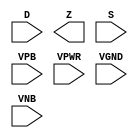
module sky130_fd_sc_hdll__muxb16to1 (
    //# {{data|Data Signals}}
    input  [15:0] D   ,
    output        Z   ,

    //# {{control|Control Signals}}
    input  [15:0] S   ,

    //# {{power|Power}}
    input         VPB ,
    input         VPWR,
    input         VGND,
    input         VNB
);
endmodule